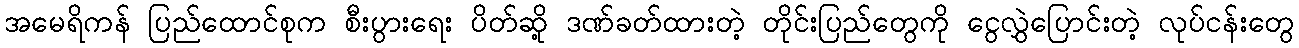
အမေရိကန် ပြည်ထောင်စုက စီးပွားရေး ပိတ်ဆို့ ဒဏ်ခတ်ထားတဲ့ တိုင်းပြည်တွေကို ငွေလွှဲပြောင်းတဲ့ လုပ်ငန်းတွေ